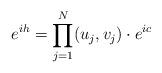
LaTeX: \begin{align*}e^{ih}=\prod_{j=1}^N (u_j,v_j)\cdot e^{ic}\end{align*}